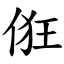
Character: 俇